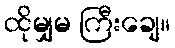
ထိုမျှမ ကြီးချေ။